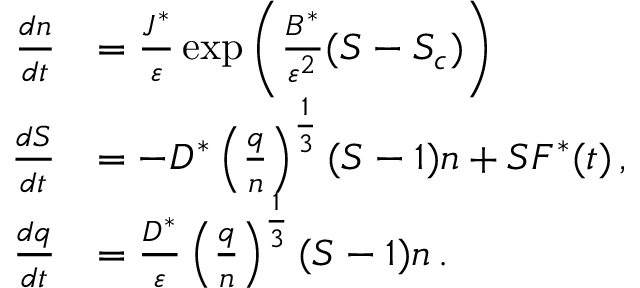
\begin{array} { r l } { { \frac { d n } { d t } } } & { = \frac { J ^ { * } } { { \varepsilon } } \exp \left( \frac { B ^ { * } } { { \varepsilon } ^ { 2 } } ( S - S _ { c } ) \right) } \\ { { \frac { d S } { d t } } } & { = \leavevmode { - D ^ { * } \left( \frac { q } { n } \right) ^ { \frac { 1 } { 3 } } ( S - 1 ) n + S F ^ { * } ( t ) } \, , } \\ { { \frac { d q } { d t } } } & { = \frac { D ^ { * } } { { \varepsilon } } \left( \frac { q } { n } \right) ^ { \frac { 1 } { 3 } } ( S - 1 ) n \, . } \end{array}